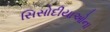
સિસોદીયાઓના